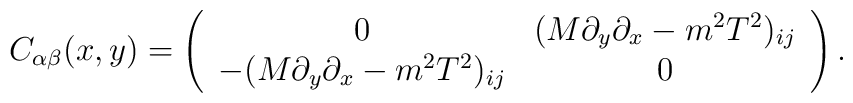
C_{\alpha \beta}(x,y)= \left(\begin{array}{cc}0 & (M\partial_{y}\partial_{x}-m^{2}T^{2})_{ij} \\-(M\partial_{y}\partial_{x}-m^{2}T^{2})_{ij} & 0\end{array} \right).